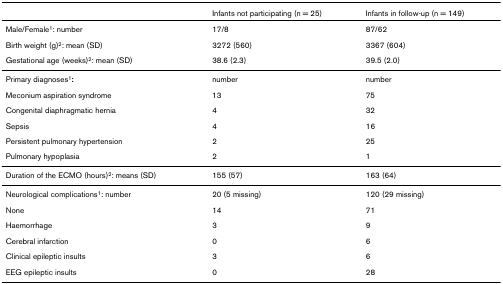
|  | Infants not participating (n = 25) | Infants in follow-up (n = 149) |
 | --- | --- | --- |
 | Male/Female1: number | 17/8 | 87/62 |
 | Birth weight (g)2: mean (SD) | 3272 (560) | 3367 (604) |
 | Gestational age (weeks)2: mean (SD) | 38.6 (2.3) | 39.5 (2.0) |
 | Primary diagnoses1: | number | number |
 | Meconium aspiration syndrome | 13 | 75 |
 | Congenital diaphragmatic hernia | 4 | 32 |
 | Sepsis | 4 | 16 |
 | Persistent pulmonary hypertension | 2 | 25 |
 | Pulmonary hypoplasia | 2 | 1 |
 | Duration of the ECMO (hours)2: means (SD) | 155 (57) | 163 (64) |
 | Neurological complications1: number | 20 (5 missing) | 120 (29 missing) |
 | None | 14 | 71 |
 | Haemorrhage | 3 | 9 |
 | Cerebral infarction | 0 | 6 |
 | Clinical epileptic insults | 3 | 6 |
 | EEG epileptic insults | 0 | 28 |